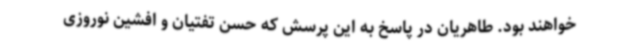
خواهند بود. طاهریان در پاسخ به این پرسش که حسن تفتیان و افشین نوروزی